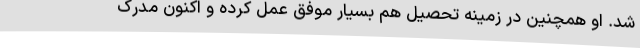
شد. او همچنین در زمینه تحصیل هم بسیار موفق عمل کرده و اکنون مدرک